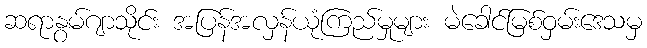
ဆရာနွမ်ဂျာသိုင်း အပြန်အလှန်ယုံကြည်မှုများ မဲခေါင်မြစ်ဝှမ်းဒေသမှ